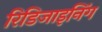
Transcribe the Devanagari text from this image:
रिडिजाइनिंग